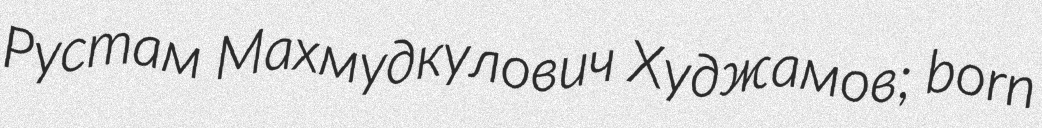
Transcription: Рустам Махмудкулович Худжамов; born